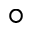
^ \circ